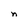
Character: n